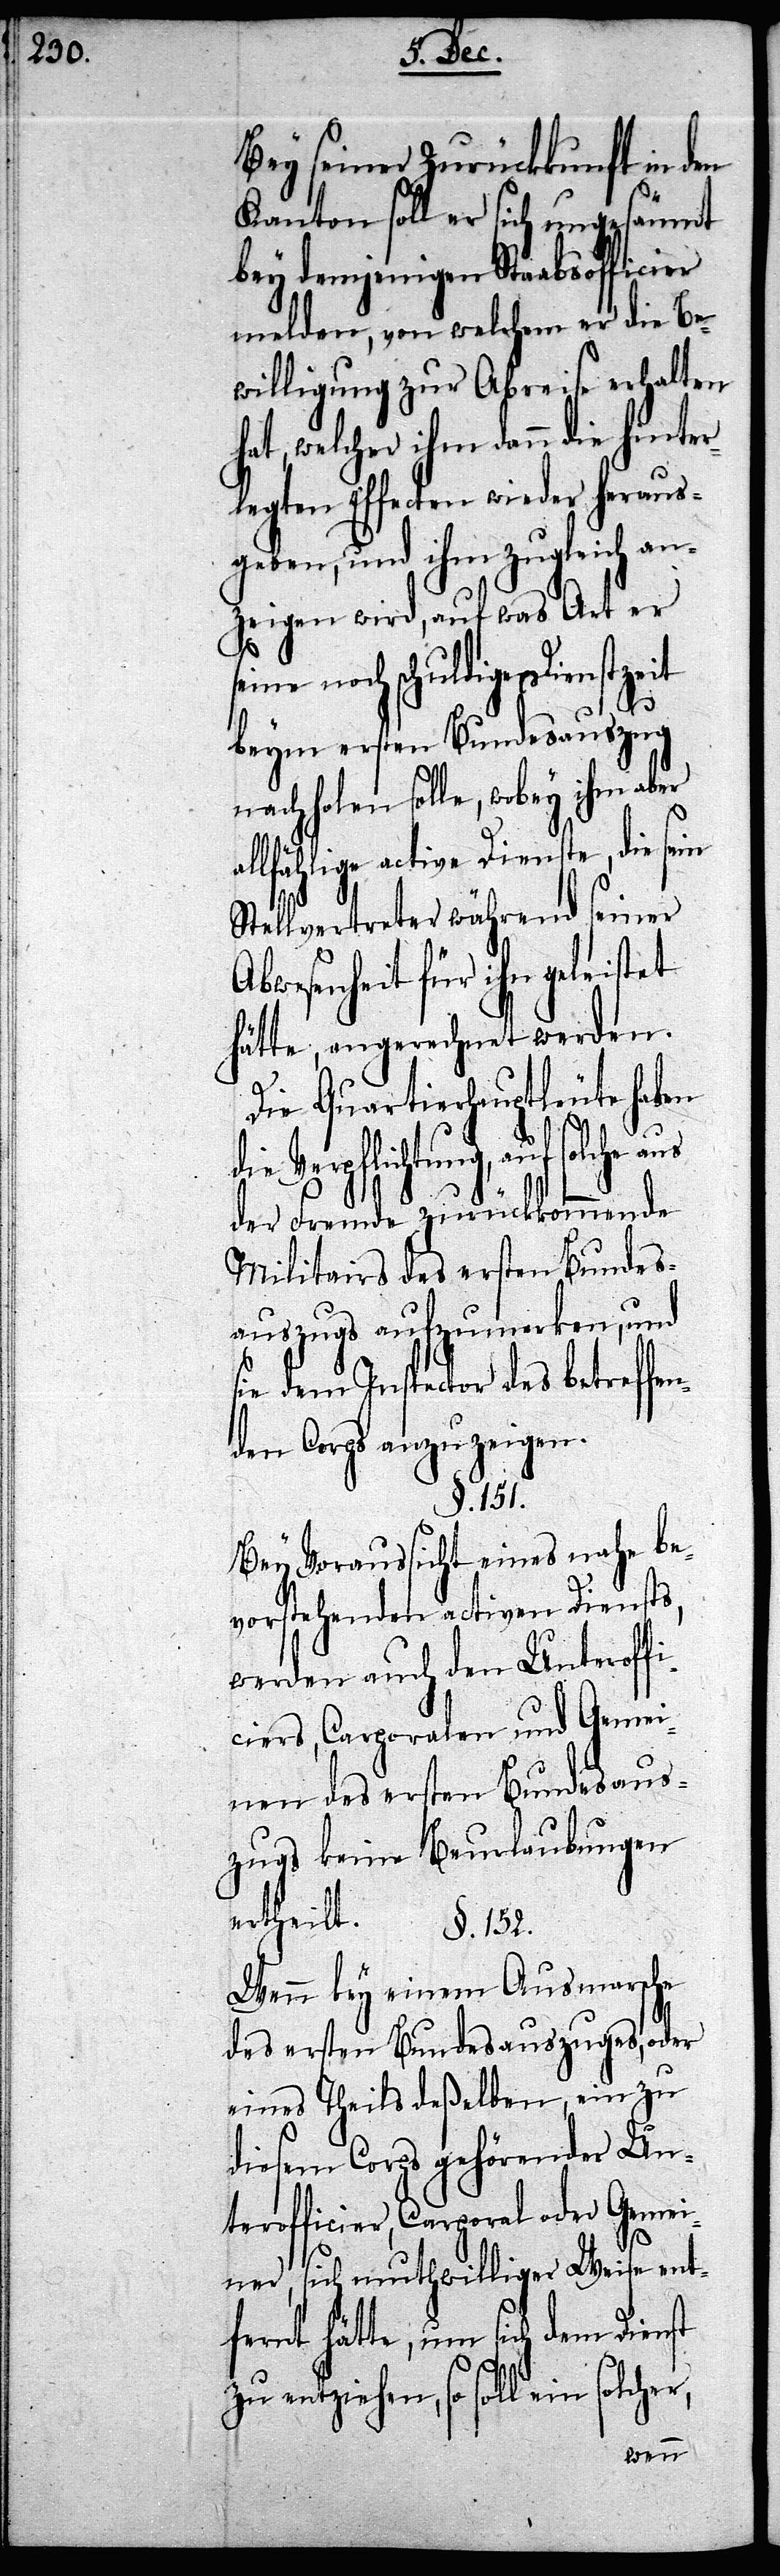
Bey seiner Zurückkunft in den
Kanton soll er sich ungesäumt
bey demjenigen Staabsofficier
melden, von welchem er die Be¬
willigung zur Abreise erhalten
hat, welcher ihm dann die hinter¬
legten Effecten wieder heraus¬
geben, und ihm zugleich an¬
zeigen wird, auf was Art er
noch schuldige Dienstzeit
beym ersten Bundesauszug
nachholen solle, wobey ihm aber
llfählige active Dienste, die sein
Stellvertreter während seiner
Abwesenheit für ihn geleistet
hätte, angerechnet werden.
Die Quartierhauptleute haben
die Verpflichtung, auf
der Fremde zurückkommende
Militairs des ersten Bundes¬
auszugs aufzumerken, und
sie dem Inspector des betreffen¬
den Corps anzuzeigen.
§. 152.
Bey Voraussicht eines nahe be¬
vorstehenden activen Diensts,
werden auch den Unteroffi¬
ciers, Carporalen und Gemei¬
nen des ersten Bundesaus¬
zugs keine Beurlaubungen
ertheilt.
Wenn bey einem Ausmarsche
des ersten Bundesauszuges, oder
eines Theils deßelben, ein zu
diesem Corps gehörender Un¬
terofficier, Carporal oder Gemei¬
r,
ner, sich muthwilliger Weise ent¬
fernt hätte, um sich dem Dienst
zu entziehen, so soll ein solche¬